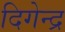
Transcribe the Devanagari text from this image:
दिगेन्द्र